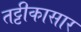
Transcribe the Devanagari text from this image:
तट्टीकासार